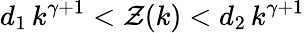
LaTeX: d_{1}\, k^{\gamma+1}<\mathcal{Z}(k)<d_{2}\, k^{\gamma+1}